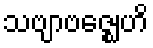
သဗျာဗဇ္ဈေဟိ